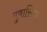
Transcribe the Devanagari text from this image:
बुबास्टिस